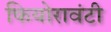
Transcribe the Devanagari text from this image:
फियोरावंटी